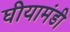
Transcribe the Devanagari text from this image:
घीयामंडी